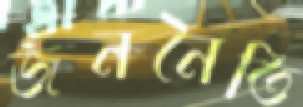
জননৈতি